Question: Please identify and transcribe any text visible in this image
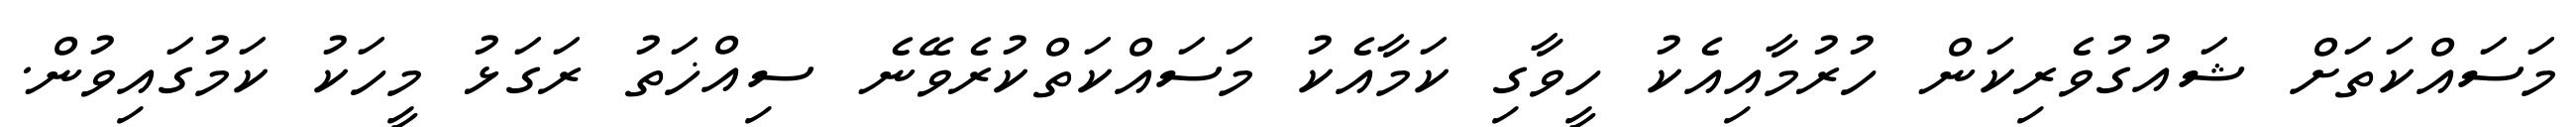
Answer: މަސައްކަތަށް ޝައުގުވެރިކަން ހުރުމާއިއެކު ހީވާގި ކަމާއެކު މަސައްކަތްކުރެވޭނެ ސިއްޚަތު ރަގަޅު މީހަކު ކަމުގައިވުން.